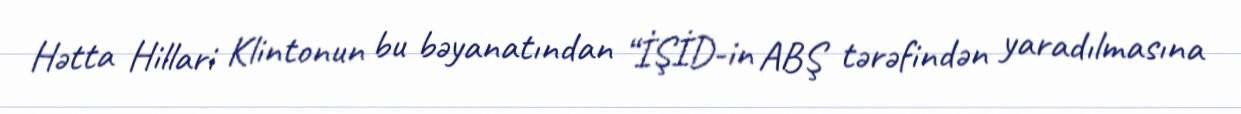
Hətta Hillari Klintonun bu bəyanatından “İŞİD-in ABŞ tərəfindən yaradılmasına